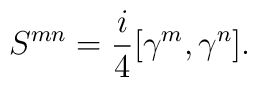
{S^{mn}}={i\over 4}[\gamma^{m},\gamma^{n}].